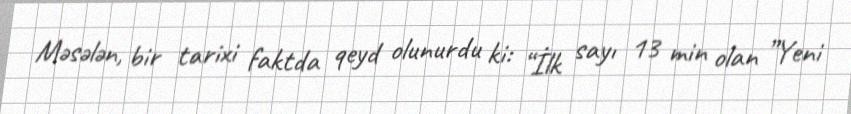
Məsələn, bir tarixi faktda qeyd olunurdu ki: “İlk sayı 13 min olan ”Yeni